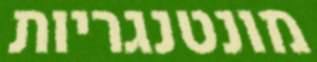
מונטנגריות